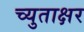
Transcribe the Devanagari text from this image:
च्युताक्षर